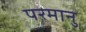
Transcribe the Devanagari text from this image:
परमानु